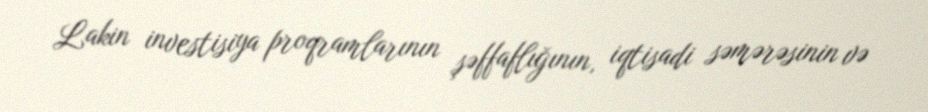
Lakin investisiya proqramlarının şəffaflığının, iqtisadi səmərəsinin və